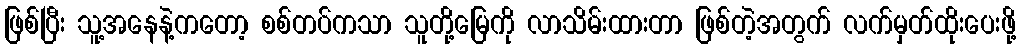
ဖြစ်ပြီး သူ့အနေနဲ့ကတော့ စစ်တပ်ကသာ သူတို့မြေကို လာသိမ်းထားတာ ဖြစ်တဲ့အတွက် လက်မှတ်ထိုးပေးဖို့